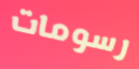
رسومات